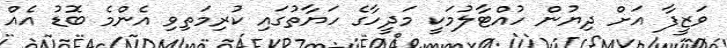
ވަޒީފާ އަށް ދިޔުން ހުއްޓާލުމަކީ މަދީހާގެ ހަޔާތުގައި ކުރިމަތިވި އެންމެ ބޮޑު އެއް